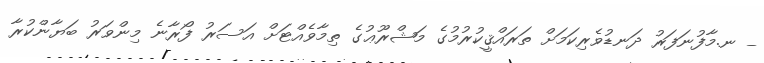
_ ނ.މާފުނަފަރު ދަނޑުވެރިކަމަށް ތަރައްޤީކުރުމުގެ މަޝްރޫޢުގެ ތިމާވެއްޓަށް އަސަރު ފޯރާނެ މިންވަރު ބަޔާންކުރާ